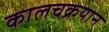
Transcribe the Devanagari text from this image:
कालचक्रयान